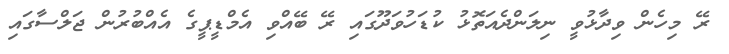
ރޭ މިހެން ވިދާޅުވީ ނިލަންދެއަތޮޅު ކުޑަހުވަދޫގައި ރޭ ބޭއްވި އެމްޑީޕީގެ އެއްބުރުން ޖަލްސާގައި